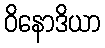
ဝိနောဒိယာ